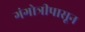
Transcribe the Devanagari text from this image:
गंगोत्रीपासून